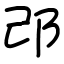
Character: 邔